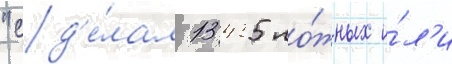
"сд'е́лал 13435 ло́жных и́л'и